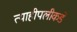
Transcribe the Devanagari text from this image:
त्याहीपलीकडे